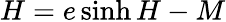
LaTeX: H=e\sinh H-M